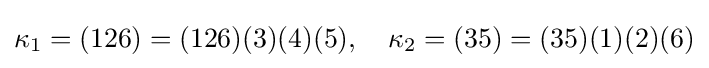
\kappa _{1}=(126)=(126)(3)(4)(5),\quad \kappa _{2}=(35)=(35)(1)(2)(6)